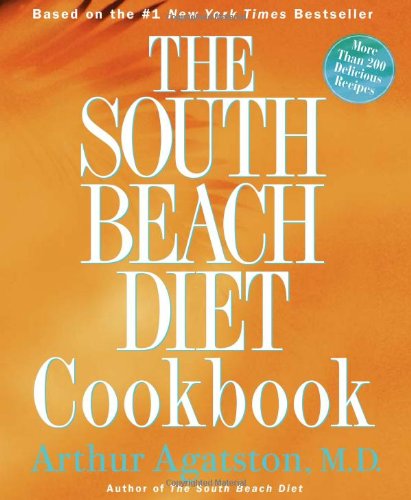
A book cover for The South Beach Diet Cookbook; Arthur Agatston; Cookbooks, Food & Wine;